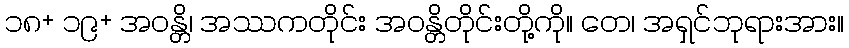
၁၈+ ၁၉+ အဝန္တိ၊ အဿကတိုင်း အဝန္တိတိုင်းတို့ကို။ တေ၊ အရှင်ဘုရားအား။